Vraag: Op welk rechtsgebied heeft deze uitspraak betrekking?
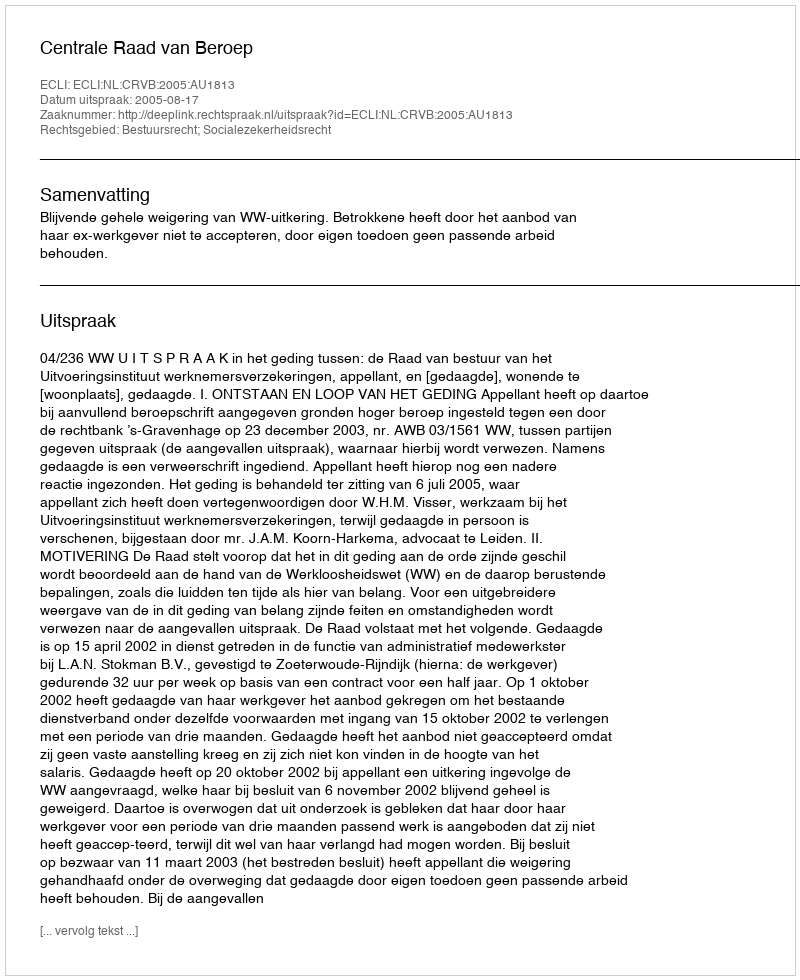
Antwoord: Bestuursrecht; Socialezekerheidsrecht